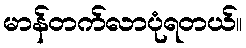
မာန်တက်လာပုံရတယ်။